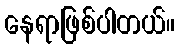
နေရာဖြစ်ပါတယ်။